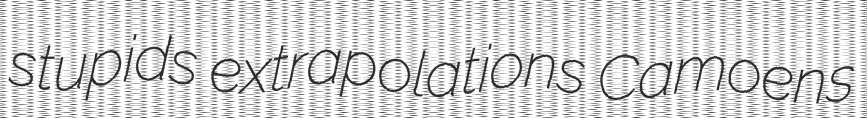
stupids extrapolations Camoens